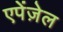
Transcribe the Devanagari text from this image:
एपेंज़ेल